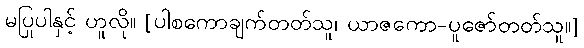
မပြုပါနှင့် ဟူလို။ [ပါစကောချက်တတ်သူ၊ ယာဇကော-ပူဇော်တတ်သူ။]